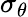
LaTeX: \sigma_{\theta}